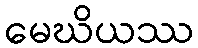
မေဃိယဿ